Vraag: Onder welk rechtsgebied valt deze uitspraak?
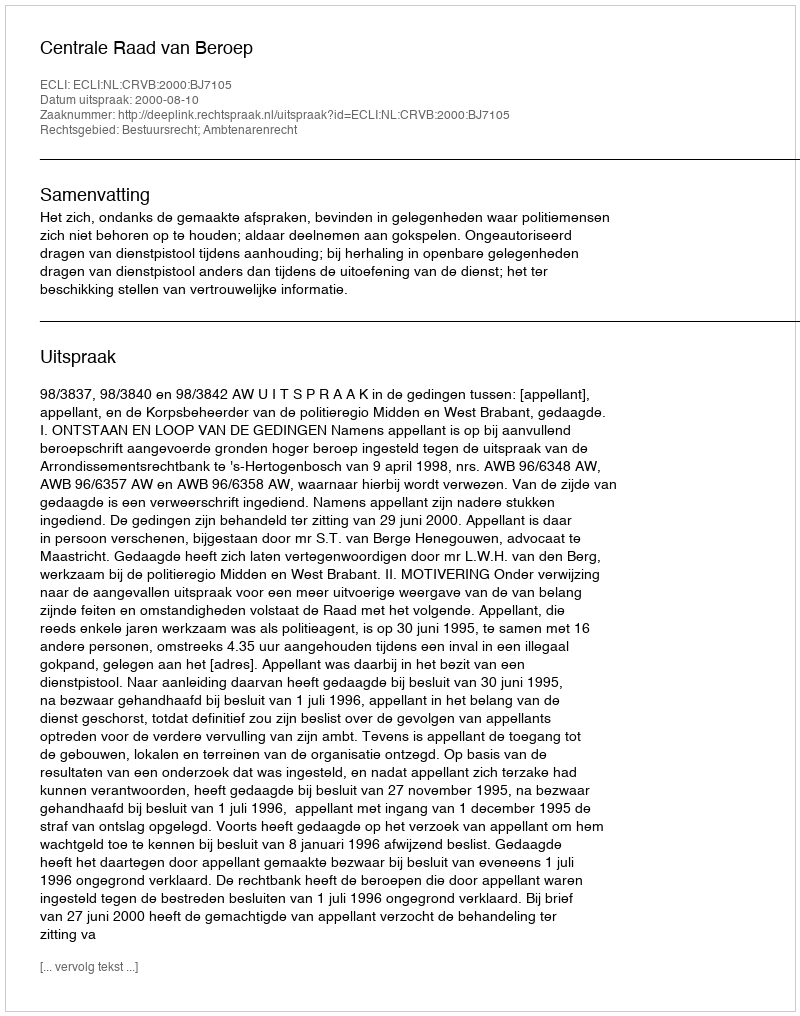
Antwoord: Bestuursrecht; Ambtenarenrecht